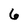
Character: 6